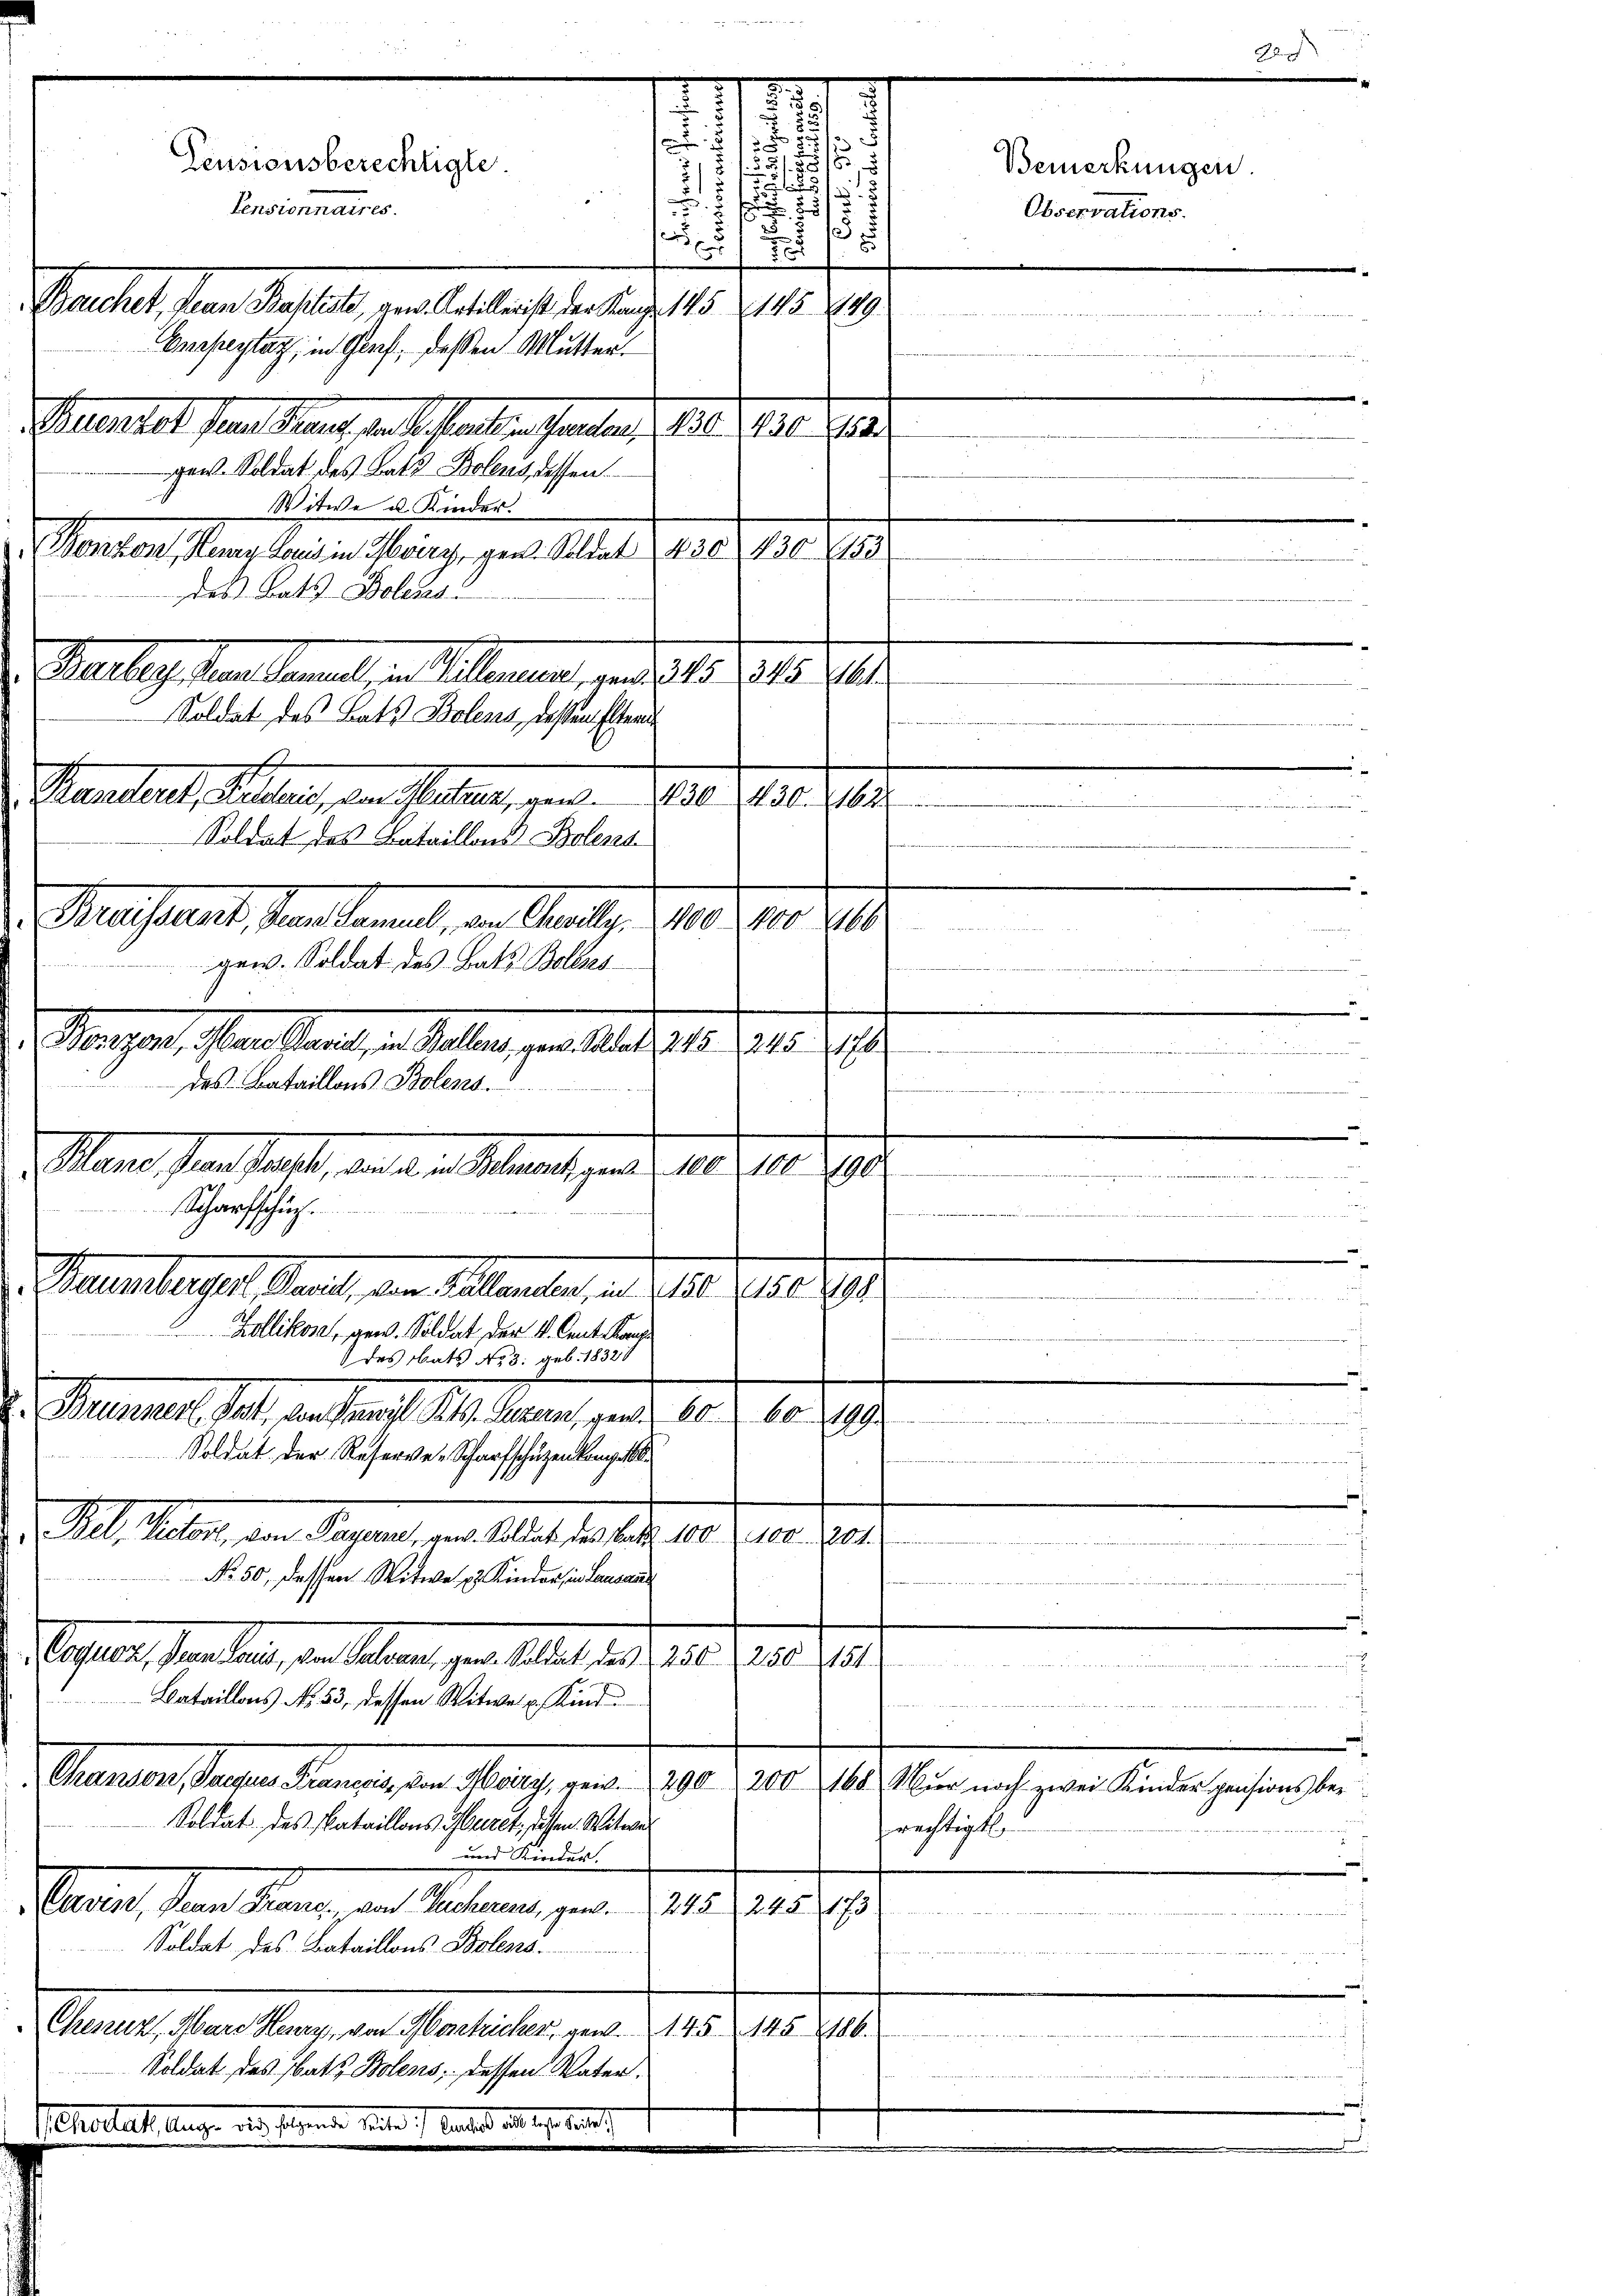
Pensionsberechtigte.
2
Pensionnaires.
Sachet, den Kastet, verglattacht den tage 15 f 15. 29
Bresentag, in Graf, deßen Mutten.
Mumiert sein Ganz in de lauten haben, Art. 130. J
gen. Soldat des Rats Bolens, dassen
Witwe u. Kinder.
Benken, Neuen Louis in Heizy, gen. Soldat 430
430 (153
des Bats Bolens
Pettag von Senat, in Mannen, und 15. 101. 1910.
Soldat des Rats Bolens, dessen Eltern
Manten, Seiten, an Mahlen, gen . . 198. 1788. 28.
Soldat des Bataillons Bolend
Mansart, den Sammelt, an Satz. 10. 1. 21.
 2
arw. Soldat des Bats Bolens
Mangen, sanstand, u. alle, vereitet hat der ist
weren sie
des Bataillons Bolens.
wen einen seine sehr eine an de

Marer an statt, an der Klarat, gere 180. 10.
190
u
Scharfschuch.
Daunschassel, Basel, den Fallenden, in § 158. 180
194
Zollikon, gew. Soldat der 4. Cent Kap
e
des Rats No 3. geb. 18328
Samuel Sal. verstant M. diesen, und 105. 10. 1910.
Soldat der Reserve-Scharfschüzenkompet

5
.
.
1

i
n
.
15
,

J

l. Mater, den Siegens, der Selbst das an. 180. 1910. 1910.
a
No. 50, dessen Witwe u Kinder, in Lausan
Peter, Pandten, den Altern gere altet, ad 1. d. gere et
n zu einer Gemeinen Bauern
Bataillons No. 53, dessen Witwe u. Kind

Chansen, Parques Francis, von Moiry, geis. 290, 200, 160 Nur noch zwei Kinder pensions bei
Soldat des Nataillons Huret, dassen Witwe
rechtigt
und Kinder.
Danier, dem Sinne, von Seiternen, gen
245 245, 173.

Soldat des Bataillons Bolesza
Aurels, sein Merz, der Petenten, und 1815. 14. 1910.
eer und Marie an al
Soldat des Rats Bolens, dessen Vater.
ehstalt. Auge des folgende selte ich bestand da er ein

Bemerkungen.
Observations.

.